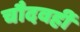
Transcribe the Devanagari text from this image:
चौदवहीं